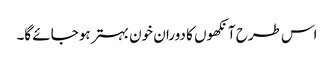
اس طرح آنکھوں کا دوران خون بہتر ہو جائے گا۔